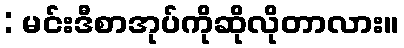
: မင်းဒီစာအုပ်ကိုဆိုလိုတာလား။